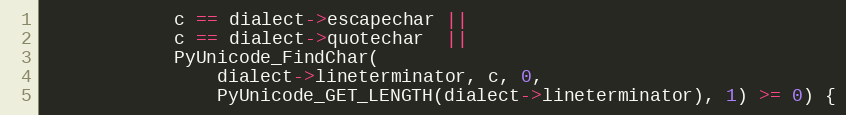
Language: C
            c == dialect->escapechar ||
            c == dialect->quotechar  ||
            PyUnicode_FindChar(
                dialect->lineterminator, c, 0,
                PyUnicode_GET_LENGTH(dialect->lineterminator), 1) >= 0) {